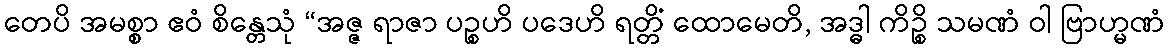
တေပိ အမစ္စာ ဧဝံ စိန္တေသုံ “အဇ္ဇ ရာဇာ ပဉ္စဟိ ပဒေဟိ ရတ္တိံ ထောမေတိ, အဒ္ဓါ ကိဉ္စိ သမဏံ ဝါ ဗြာဟ္မဏံ